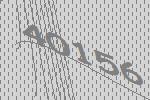
40156